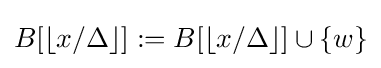
B[\lfloor x/\Delta \rfloor ]:=B[\lfloor x/\Delta \rfloor ]\cup \{w\}